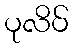
ပုလိပ်